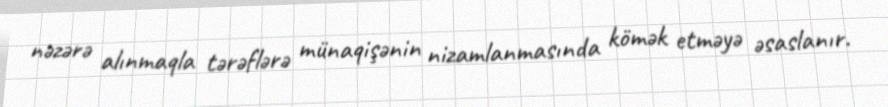
nəzərə alınmaqla tərəflərə münaqişənin nizamlanmasında kömək etməyə əsaslanır.